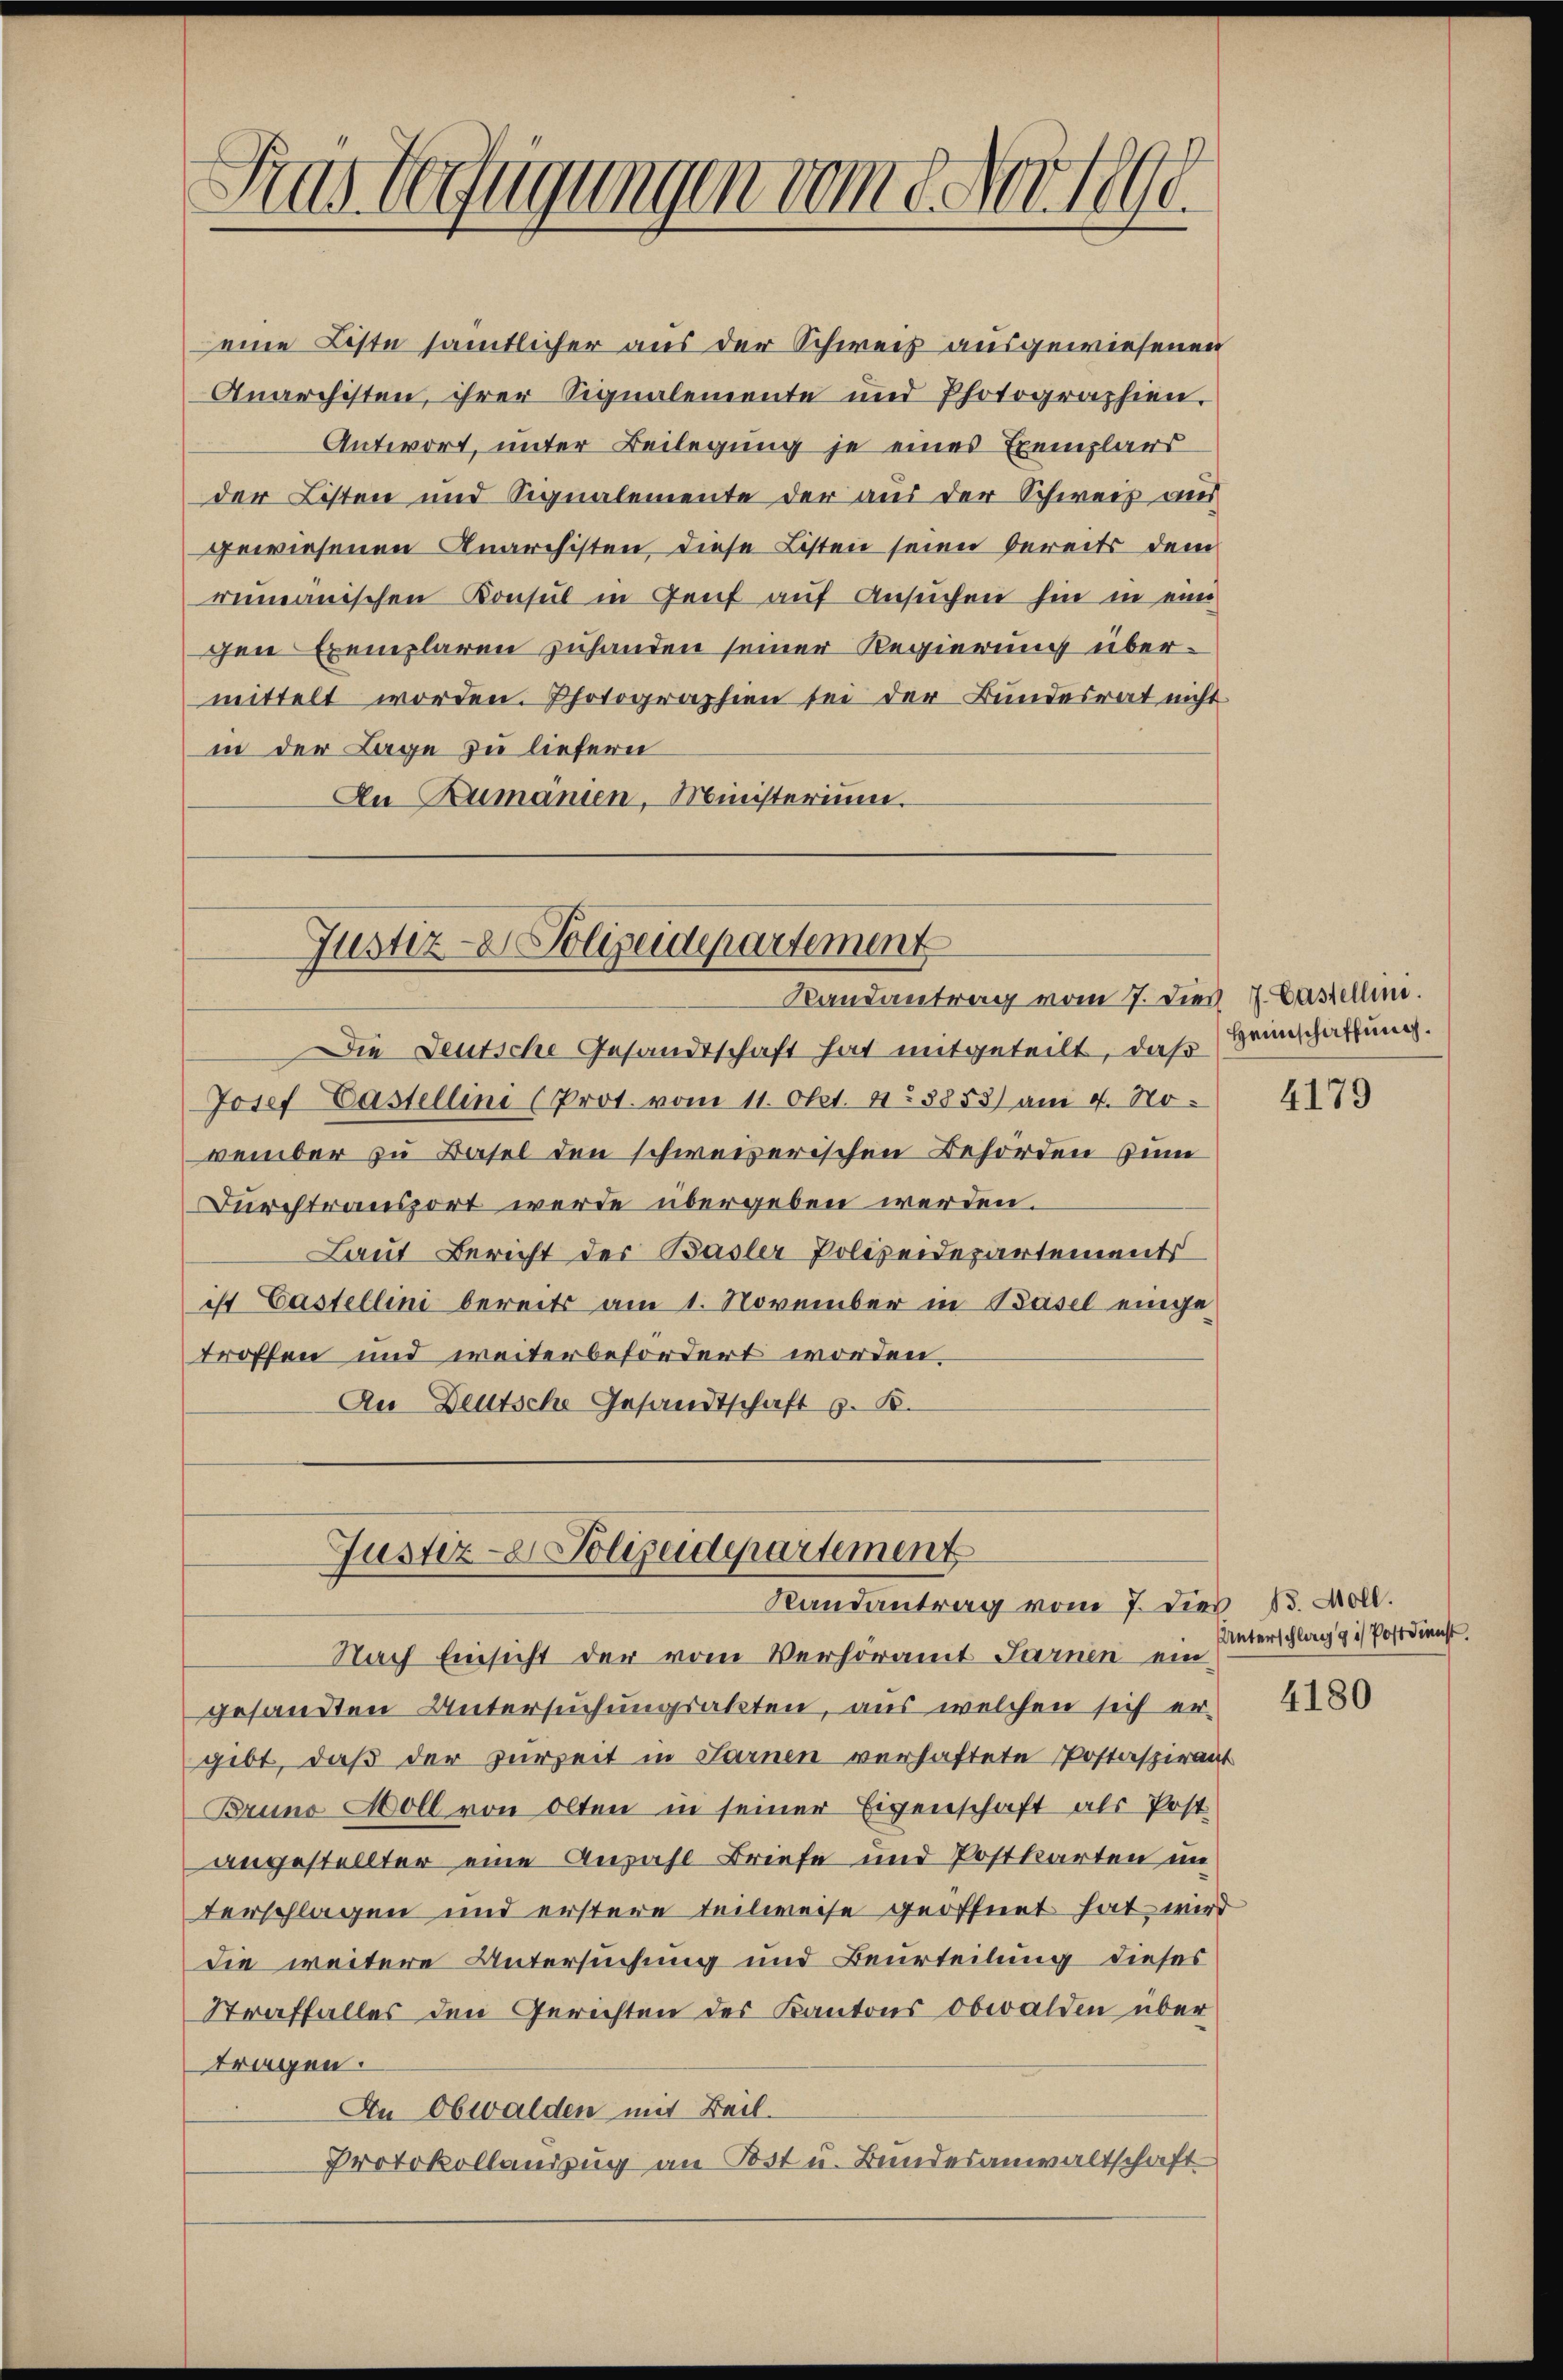
Justiz- & Polizeidepartement
Randantrag vom 7. Dies 7. Castellen.
Die Leutsche Gesandtschaft hat mitgeteilt, daß Heimschaffung.
Josef-Castellini (Prot. vom 11. Okt. 48853) am 7. No.
vember zu Basel den schweizerischen Behörden zum
Durchtransport werde übergeben werden.
Laut Bericht der Basler Polizeidepartements
ist Castellini bereits am 1. November in Basel eingetroffen und weiterbefordert worden.
An Deutsche Gesandtschaft z. B.

Ainsbefugungen vom 8 der 1890.

eine Liste sämmtlicher aus der Schweiz ausgewiesenen
Anarchisten, ihrer Signalemente und Photographien,
Antwort, unter Beilegung je eines Exemplars
der Listen und Signalemente der aus der Schweis aus
gewiesenen Anarchisten diese Listen seien bereits dem
rumänischen Konsul in Genf auf Ansuchen hin in eine
gen Exemplaren zuhanden seiner Regierung übermittelt worden. Photographien sei der Bundesrat nicht
in der Lage zu liefern
An Rumanien, Ministerium.

Justiz- Polizeidepartement
Randantrag vom 7. dies 13. Moll.

Nach Einsicht der vom Verhöramt Farnen ein
gesandten Untersuchungsakten, aus welchen sich er-
gibt, daß der zurzeit in Sarnen verhaftete Postaspirant
Bruno Soll von Olten in seiner Eigenschaft als Post
angestellter eine Anzahl Briefe und Postkarten im
terschlagen und erstere teilweise geöffnet hat wird
die weitere Untersuchung und Beurteilung dieses
Straffalles den Gerichten des Kantons obwalden über
tragen.
An Obwalden mit Beil.
Protokollauszug an Post u. Bundesanwaltschaft

4179

Unterschlag gis Postdienst

4180